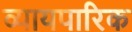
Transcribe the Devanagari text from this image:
व्यायपारिक